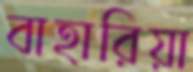
বাহারিয়া